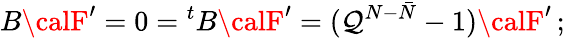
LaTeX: B{\calF}^{\prime}=0={^tB}{\calF}^{\prime}=(\mathcal{Q}^{N-\bar{{N}}}-1){\calF}^{\prime}\, ;